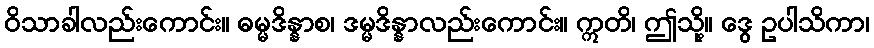
ဝိသာခါလည်းကောင်း။ ဓမ္မဒိန္နာစ၊ ဒမ္မဒိန္နာလည်းကောင်း။ ဣတိ၊ ဤသို့။ ဒွေ ဥပါသိကာ၊